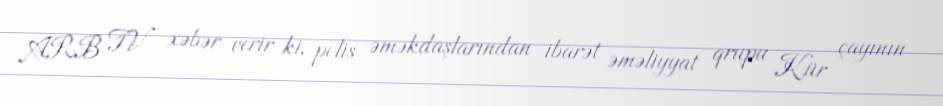
ARB TV xəbər verir ki, polis əməkdaşlarından ibarət əməliyyat qrupu Kür çayının